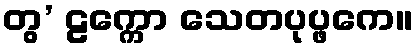
တွ’ ဠက္ကော သေတပုပ္ဖကေ။